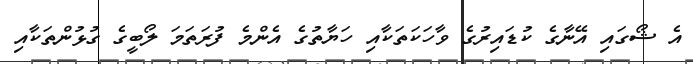
އެ ޝޯގައި އޭނާގެ ކުޑައިރުގެ ވާހަކަތަކާއި ހަޔާތުގެ އެންމެ ފުރަތަމަ ލޯބީގެ ގުޅުންތަކާއި